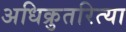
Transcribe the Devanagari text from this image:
अधिक्रुतरित्या